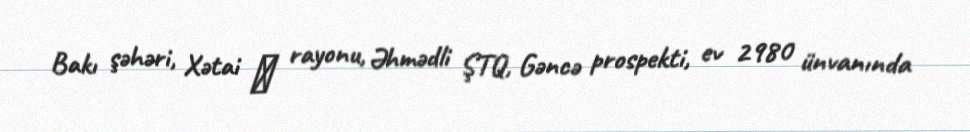
Bakı şəhəri, Xətai ‎ rayonu, Əhmədli ŞTQ, Gəncə prospekti, ev 2980 ünvanında